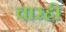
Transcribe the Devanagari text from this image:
वारही